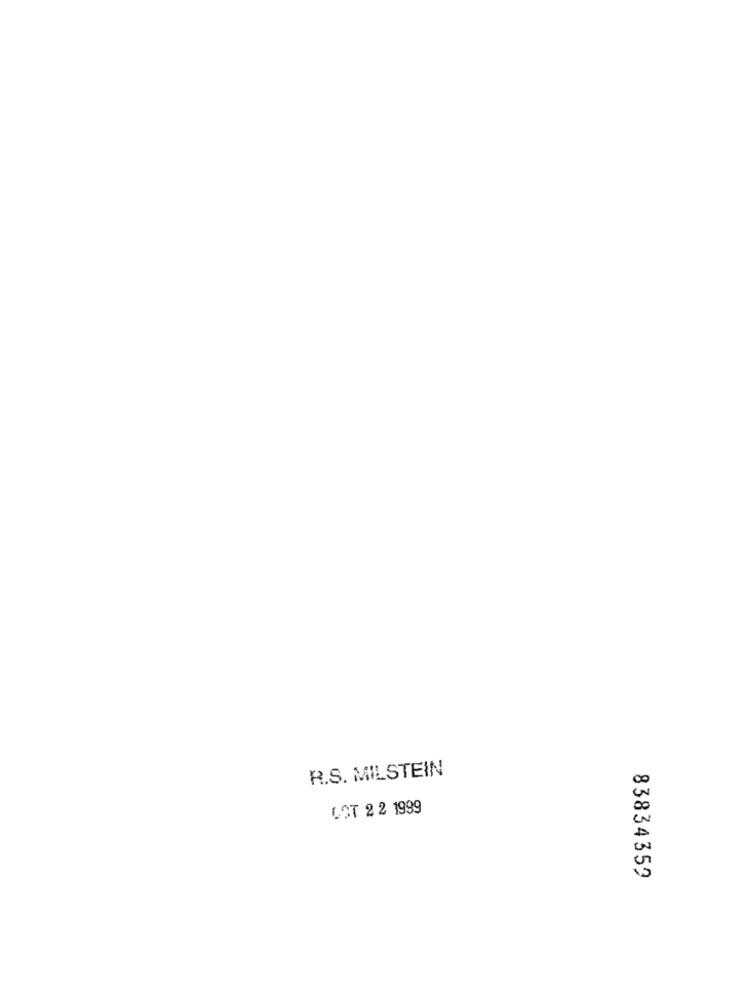
R.S. MILSTEIN
LOT 2 2 1999
83834359